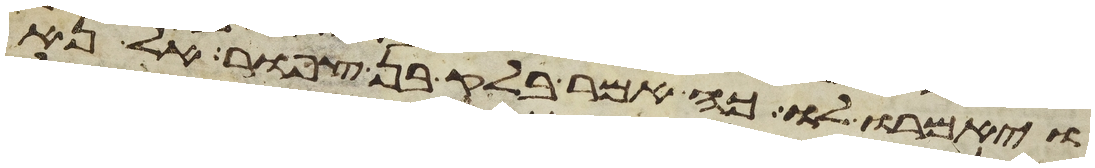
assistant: ויאמרו לו כה אמר בלק בן צפור אל נא